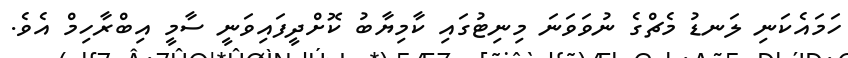
ހަމައެކަނި ލަނޑު މެޗްގެ ނުވަވަނަ މިނިޓުގައި ކާމިޔާބު ކޮށްދީފައިވަނީ ސާމީ އިބްރާހިމް އެވެ.